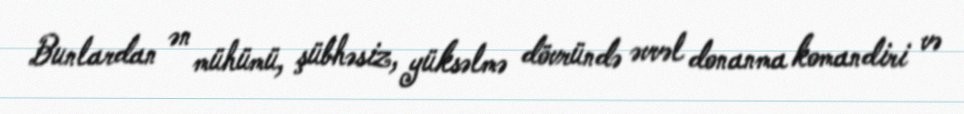
Bunlardan ən mühümü, şübhəsiz, yüksəlmə dövründə əvvəl donanma komandiri və